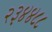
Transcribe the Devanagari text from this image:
२३४४८८